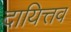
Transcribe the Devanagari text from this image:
दायित्तव